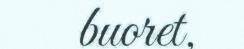
buoret,